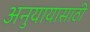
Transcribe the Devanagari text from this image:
अनुयायासाठी